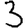
Digit: 3